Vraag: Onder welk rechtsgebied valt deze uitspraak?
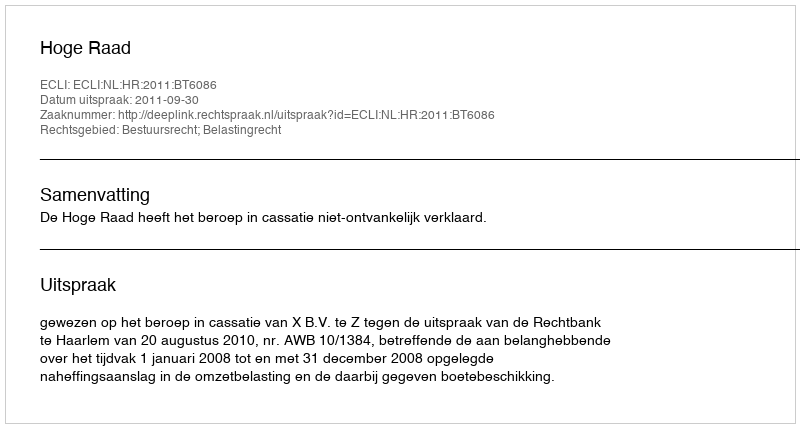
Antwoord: Bestuursrecht; Belastingrecht